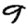
Digit: 9